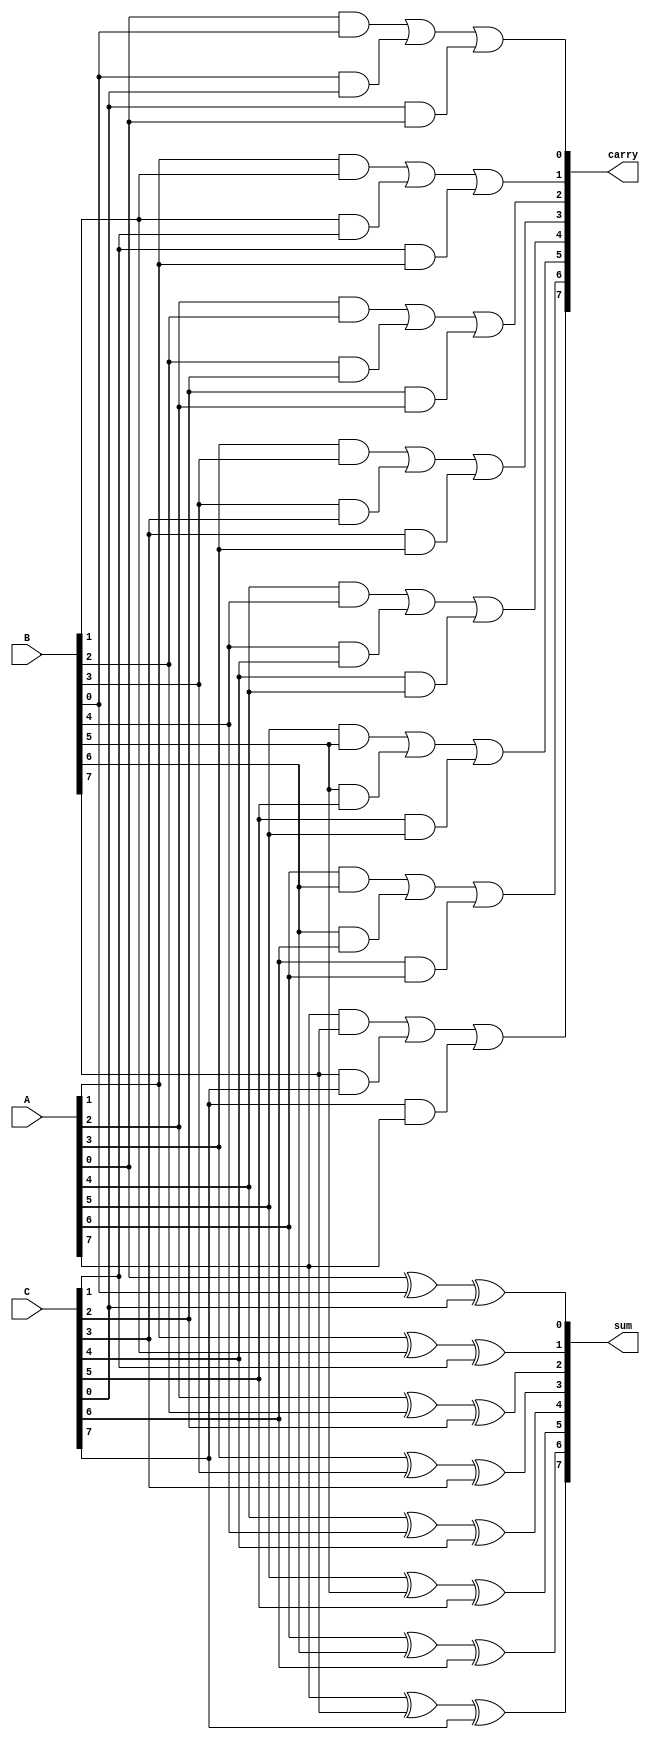
module carry_save_adder (
    input [N-1:0] A,  // First operand
    input [N-1:0] B,  // Second operand
    input [N-1:0] C,  // Third operand
    output [N-1:0] sum,    // Partial sum output
    output [N-1:0] carry    // Carry output
);
    parameter N = 8;  // Set the bit-width (customizable)
    
    genvar i;
    
    // Partial sum and Carry computation
    wire [N-1:0] PS;  // Partial Sums
    wire [N-1:0] CARRY; // Carry
    
    generate
        for(i = 0; i < N; i = i + 1) begin : CSA_stage
            assign PS[i]   = A[i] ^ B[i] ^ C[i]; // Partial Sum
            assign CARRY[i] = (A[i] & B[i]) | (B[i] & C[i]) | (C[i] & A[i]); // Carry
        end
    endgenerate
    
    // Outputs
    assign sum = PS;  // The output partial sum
    assign carry = CARRY; // The output carry

endmodule